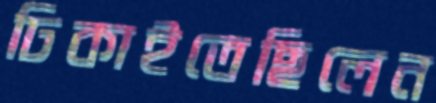
ঢিকাইতেছিলেন